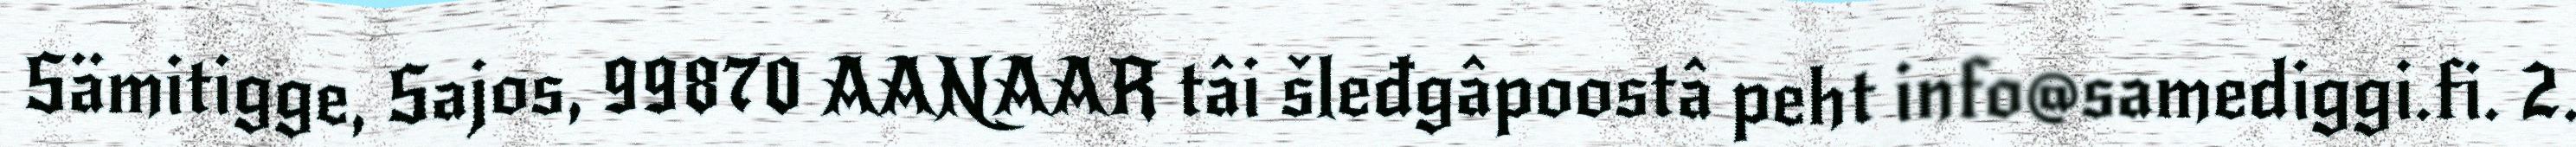
Sämitigge, Sajos, 99870 AANAAR tâi šleđgâpoostâ peht info@samediggi.fi. 2.